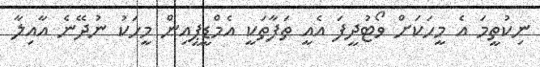
ނިކުތީމަ އެ މީހަކަށް ވޯޓުދީފަ އެއީ ތަފާތަކީ އެމްޑީޕީއިން މީހަކު ނުދޭނެ އާއިލާ